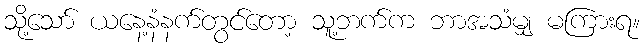
သို့သော် ယနေ့နံနက်တွင်တော့ သူ့ဘက်က ဘာအသံမျှ မကြားရ။